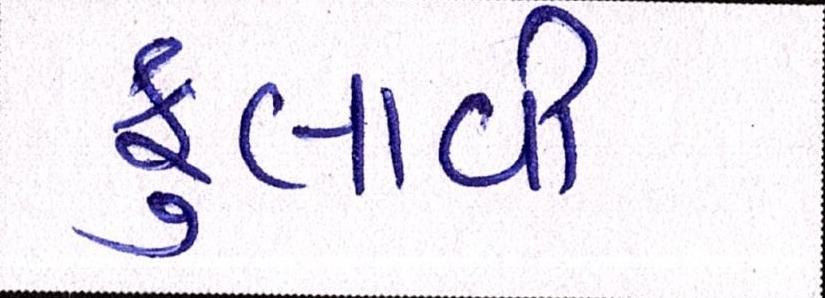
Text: ફુલાવી